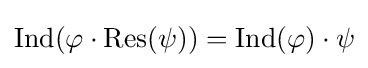
{\text{Ind}}(\varphi \cdot {\text{Res}}(\psi ))={\text{Ind}}(\varphi )\cdot \psi